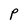
Character: P